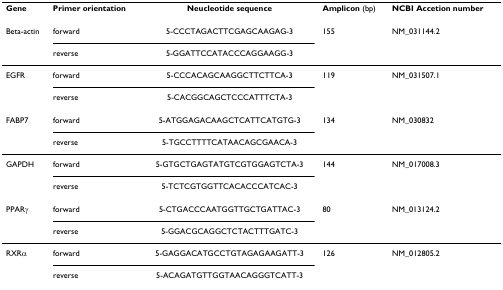
<table><thead><tr><td><b>Gene</b></td><td><b>Primer orientation</b></td><td><b>Neucleotide sequence</b></td><td><b>Amplicon (bp)</b></td><td><b>NCBI Accetion number</b></td></tr></thead><tbody><tr><td>Beta-actin</td><td>forward</td><td>5-CCCTAGACTTCGAGCAAGAG-3</td><td>155</td><td>NM_031144.2</td></tr><tr><td></td><td>reverse</td><td>5-GGATTCCATACCCAGGAAGG-3</td><td></td><td></td></tr><tr><td>EGFR</td><td>forward</td><td>5-CCCACAGCAAGGCTTCTTCA-3</td><td>119</td><td>NM_031507.1</td></tr><tr><td></td><td>reverse</td><td>5-CACGGCAGCTCCCATTTCTA-3</td><td></td><td></td></tr><tr><td>FABP7</td><td>forward</td><td>5-ATGGAGACAAGCTCATTCATGTG-3</td><td>134</td><td>NM_030832</td></tr><tr><td></td><td>reverse</td><td>5-TGCCTTTTCATAACAGCGAACA-3</td><td></td><td></td></tr><tr><td>GAPDH</td><td>forward</td><td>5-GTGCTGAGTATGTCGTGGAGTCTA-3</td><td>144</td><td>NM_017008.3</td></tr><tr><td></td><td>reverse</td><td>5-TCTCGTGGTTCACACCCATCAC-3</td><td></td><td></td></tr><tr><td>PPARγ</td><td>forward</td><td>5-CTGACCCAATGGTTGCTGATTAC-3</td><td>80</td><td>NM_013124.2</td></tr><tr><td></td><td>reverse</td><td>5-GGACGCAGGCTCTACTTTGATC-3</td><td></td><td></td></tr><tr><td>RXRα</td><td>forward</td><td>5-GAGGACATGCCTGTAGAGAAGATT-3</td><td>126</td><td>NM_012805.2</td></tr><tr><td></td><td>reverse</td><td>5-ACAGATGTTGGTAACAGGGTCATT-3</td><td></td><td></td></tr></tbody></table>